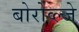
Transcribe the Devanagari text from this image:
बोरोव्ल्जे